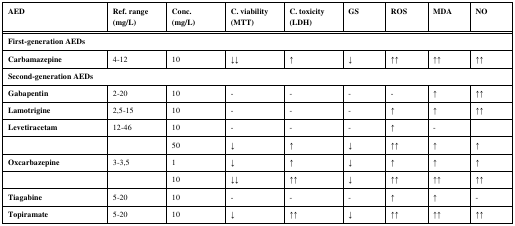
<table><thead><tr><td><b>AED</b></td><td><b>Ref. range(mg/L)</b></td><td><b>Conc.(mg/L)</b></td><td><b>C. viability(MTT)</b></td><td><b>C. toxicity(LDH)</b></td><td><b>GS </b></td><td><b>ROS</b></td><td><b>MDA</b></td><td><b>NO</b></td></tr></thead><tbody><tr><td colspan="9"><b>First-generation AEDs</b></td></tr><tr><td><b>Carbamazepine</b></td><td>4-12</td><td>10</td><td>↓↓</td><td>↑</td><td>↓</td><td>↑↑</td><td>↑↑</td><td>↑↑</td></tr><tr><td colspan="9"><b>Second-generation AEDs</b></td></tr><tr><td><b>Gabapentin</b></td><td>2-20</td><td>10</td><td>-</td><td>-</td><td>-</td><td>-</td><td>↑</td><td>↑↑</td></tr><tr><td><b>Lamotrigine</b></td><td>2,5-15</td><td>10</td><td>-</td><td>-</td><td>-</td><td>↑</td><td>↑</td><td>↑↑</td></tr><tr><td><b>Levetiracetam</b></td><td>12-46</td><td>10</td><td>-</td><td>-</td><td>-</td><td>↑</td><td>-</td><td></td></tr><tr><td></td><td></td><td>50</td><td>↓</td><td>↑</td><td>↓</td><td>↑↑</td><td>↑</td><td>↑</td></tr><tr><td><b>Oxcarbazepine</b></td><td>3-3,5</td><td>1</td><td>↓</td><td>↑</td><td>↓</td><td>↑</td><td>↑</td><td>↑</td></tr><tr><td></td><td></td><td>10</td><td>↓↓</td><td>↑↑</td><td>↓</td><td>↑↑</td><td>↑↑</td><td>↑↑</td></tr><tr><td><b>Tiagabine</b></td><td>5-20</td><td>10</td><td>-</td><td>-</td><td>-</td><td>↑</td><td>↑</td><td>-</td></tr><tr><td><b>Topiramate</b></td><td>5-20</td><td>10</td><td>↓</td><td>↑↑</td><td>↓</td><td>↑↑</td><td>↑↑</td><td>↑↑</td></tr></tbody></table>